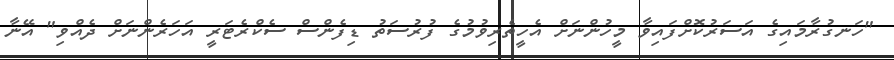
"ހަނގުރާމައިގެ އަސަރުކޮށްފައިވާ މީހުންނަށް އެހީތެރިވުމުގެ ފުރުސަތު ޑިފެންސް ސެކްރެޓަރީ އަހަރެންނަށް ދެއްވި" އޭނާ